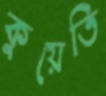
কুয়েতি